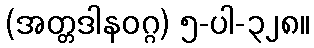
(အတ္တဒါနဝဂ္ဂ) ၅-ပါ-၃၂၈။